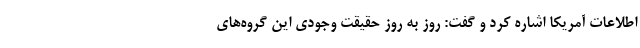
اطلاعات آمریکا اشاره کرد و گفت: روز به روز حقیقت وجودی این گروه‌های